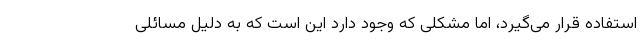
استفاده قرار می‌گیرد، اما مشکلی که وجود دارد این است که به دلیل مسائلی